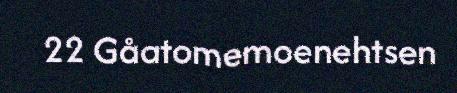
22 Gåatomemoenehtsen